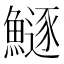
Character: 鱁